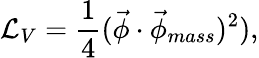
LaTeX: \mathcal{L}_{V}=\frac{1}{4}(\vec{\phi}\cdot\vec{\phi}_{mass})^{2}),